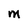
Character: M